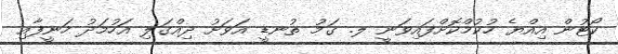
ކޯޓުން އިއްޔެ ހުކުމްކޮށްފައިވަނީ ލ. ގަމު ތުނޑީ އަވަށު ދިއްގަލި އަހުމަދު ހަނީފާއި